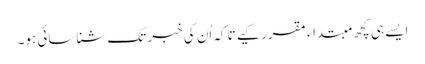
ایسے ہی کچھ مبتداء مقرر کیے تاکہ اُن کی خبر تک شناسائی ہو۔